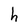
Character: h